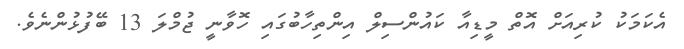
އެކަމަކު ކުރިއަށް އޮތް މީޑިއާ ކައުންސިލް އިންތިހާބުގައި ހޮވާނީ ޖުމްލަ 13 ބޭފުޅުންނެވެ.